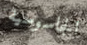
الجاسوسية